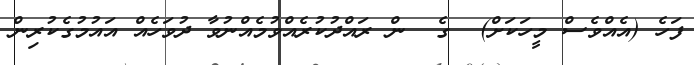
ފަހެ (އެއްވެސް މީހަކަށް)  ގެ  ން ރައްދުކުރެއްވުމެއްނުވާ ދުވަހެއް އައުމުގެކުރިން